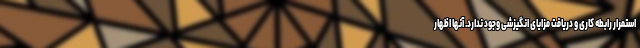
استمرار رابطه کاری و دریافت مزایای انگیزشی وجود ندارد. آنها اظهار